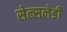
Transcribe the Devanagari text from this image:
सेल्सलेडी